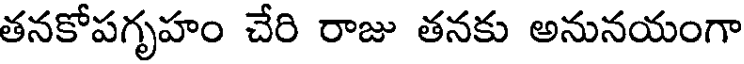
తనకోపగృహం చేరి రాజు తనకు అనునయంగా